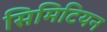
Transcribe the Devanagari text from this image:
सिमिटियन